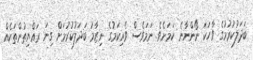
ބަދަލުކުރުމުގެ ވާހަކަ ނޯންނާނެ ކަމަށެވެ. ނަމަވެސް ވެރިކަމުގެ ނިޒާމު ބަދަލުކުރުމަށް ގިނަ ރައްޔިތުންތަކެއް